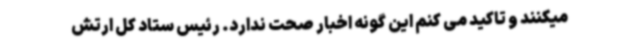
میکنند و تاکید می کنم این گونه اخبار صحت ندارد. رئیس ستاد کل ارتش